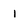
Character: 1